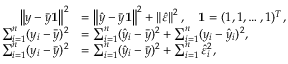
{ \begin{array} { r l } { \left\| y - { \bar { y } } \mathbf { 1 } \right\| ^ { 2 } } & { = \left\| { \hat { y } } - { \bar { y } } \mathbf { 1 } \right\| ^ { 2 } + \left\| { \hat { \varepsilon } } \right\| ^ { 2 } , \quad \mathbf { 1 } = ( 1 , 1 , \ldots , 1 ) ^ { T } , } \\ { \sum _ { i = 1 } ^ { n } ( y _ { i } - { \bar { y } } ) ^ { 2 } } & { = \sum _ { i = 1 } ^ { n } ( { \hat { y } } _ { i } - { \bar { y } } ) ^ { 2 } + \sum _ { i = 1 } ^ { n } ( y _ { i } - { \hat { y } } _ { i } ) ^ { 2 } , } \\ { \sum _ { i = 1 } ^ { n } ( y _ { i } - { \bar { y } } ) ^ { 2 } } & { = \sum _ { i = 1 } ^ { n } ( { \hat { y } } _ { i } - { \bar { y } } ) ^ { 2 } + \sum _ { i = 1 } ^ { n } { \hat { \varepsilon } } _ { i } ^ { 2 } , } \end{array} }